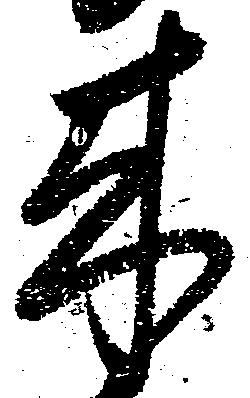
来